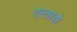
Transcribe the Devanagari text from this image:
एस्तादो